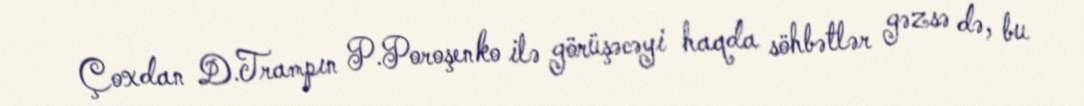
Çoxdan D.Trampın P.Poroşenko ilə görüşəcəyi haqda söhbətlər gəzsə də, bu